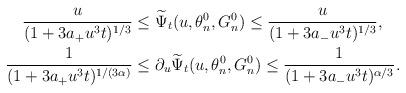
LaTeX: \begin{align*}\begin{aligned}\frac{u}{(1+3a_+ u^3 t)^{1/3}} & \leq \widetilde \Psi_t (u,\theta_n^0,G_n^0) \leq\frac{u}{(1+3a_- u^3 t)^{1/3}}, \\\frac{1}{(1+3a_+ u^3 t)^{1/(3\alpha)}} & \leq \partial_u \widetilde \Psi_t (u,\theta_n^0,G_n^0) \leq\frac{1}{(1+3a_- u^3 t)^{\alpha/3}} .\end{aligned}\end{align*}